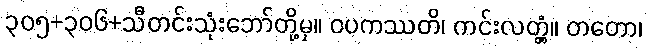
၃၀၅+၃၀၆+သီတင်းသုံးဘော်တို့မှ။ ဝပကဿတိ၊ ကင်းလတ္တံ့။ တတော၊